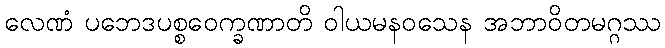
လေဏံ ပဘေဒပစ္စဝေက္ခဏာတိ ဝါယမနဝသေန အဘာဝိတမဂ္ဂဿ